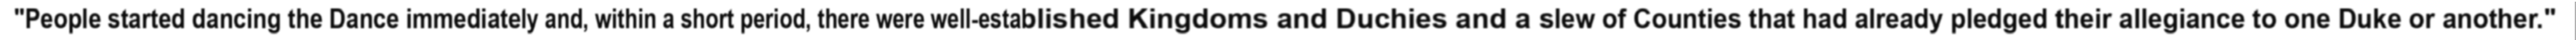
"People started dancing the Dance immediately and, within a short period, there were well-established Kingdoms and Duchies and a slew of Counties that had already pledged their allegiance to one Duke or another."